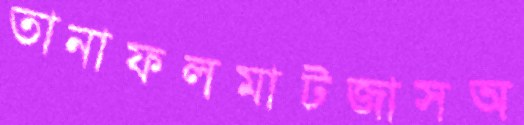
তানাফলমাটজাসঅ